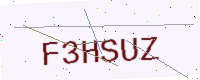
Text: F3HSUZ